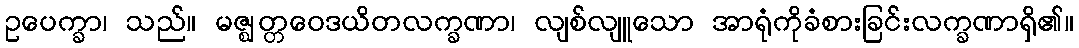
ဥပေက္ခာ၊ သည်။ မဇ္ဈတ္တဝေဒယိတလက္ခဏာ၊ လျစ်လျူသော အာရုံကိုခံစားခြင်းလက္ခဏာရှိ၏။